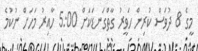
މީގެ 8 ދުވަސް ކުރިން ހަވީރު ގާތްގަނޑަކަށް 5:00 ހާއިރު މަހަށް ނުކުމެ